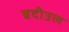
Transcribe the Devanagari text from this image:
बदीउल